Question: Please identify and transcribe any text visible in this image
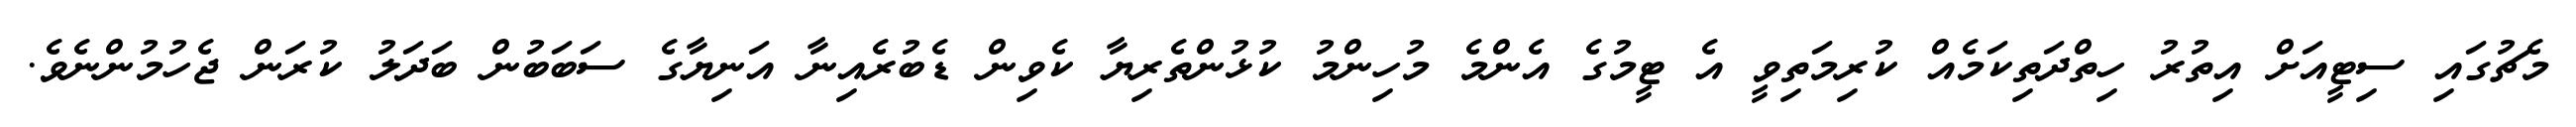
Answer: މެޗުގައި ސިޓީއަށް އިތުރު ހިތްދަތިކަމެއް ކުރިމަތިވީ އެ ޓީމުގެ އެންމެ މުހިންމު ކުޅުންތެރިޔާ ކެވިން ޑެބުރެއިނާ އަނިޔާގެ ސަބަބުން ބަދަލު ކުރަން ޖެހުމުންނެވެ.